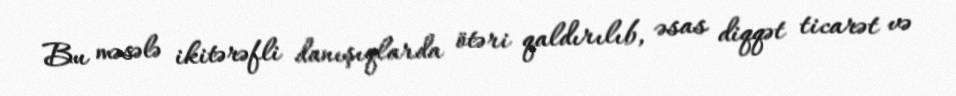
Bu məsələ ikitərəfli danışıqlarda ötəri qaldırılıb, əsas diqqət ticarət və